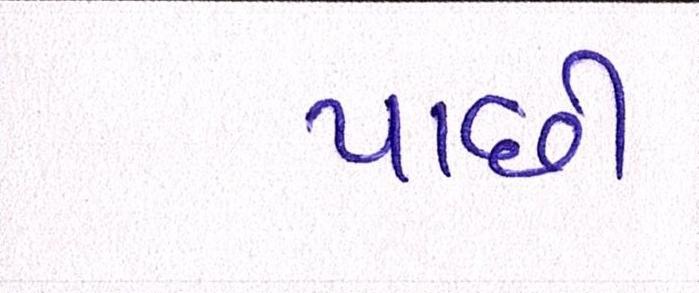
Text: પાછી